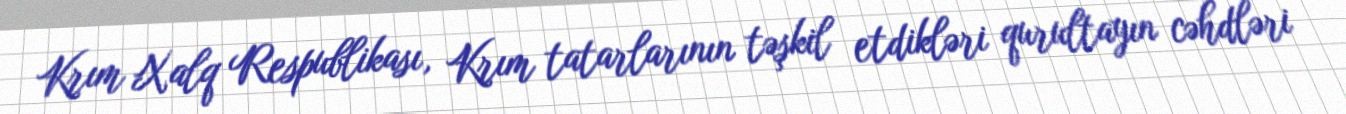
Krım Xalq Respublikası, Krım tatarlarının təşkil etdikləri qurultayın cəhdləri